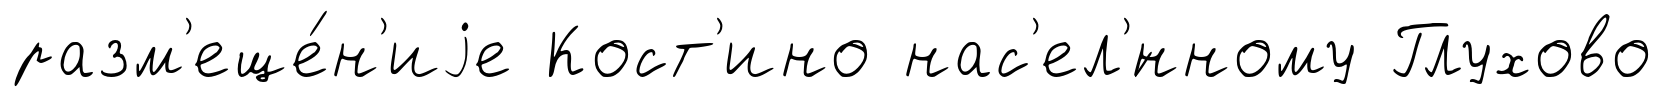
разм'еще́н'иjе Кост'ино нас'ел'́нному Глухово